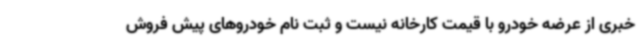
خبری از عرضه خودرو با قیمت کارخانه نیست و ثبت نام خودروهای پیش فروش